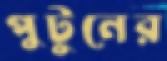
পুটুনের